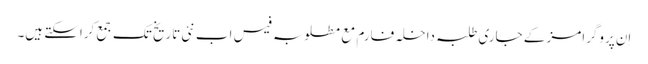
اِن پروگرامز کے جاری طلبہ داخلہ فارم مع مطلوبہ فیس اب نئی تاریخ تک جمع کراسکتے ہیں۔